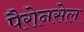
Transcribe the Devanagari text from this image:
पैरोनसेल